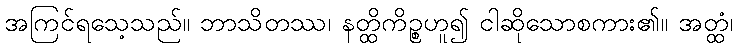
အကြင်ရသေ့သည်။ ဘာသိတဿ၊ နတ္ထိကိဉ္စဟူ၍ ငါဆိုသောစကား၏။ အတ္ထံ၊